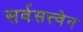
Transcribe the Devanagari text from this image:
सर्वसत्त्वेन